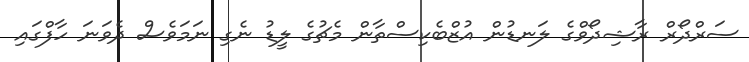
ސަރްދޯރް ރާޝިދޯވްގެ ލަނޑުން އުޒްބެކިސްތާން މެޗުގެ ލީޑު ނެގި ނަމަވެސް ދެވަނަ ހާފްގައި